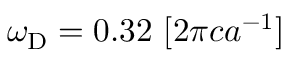
\omega _ { \mathrm { D } } = 0 . 3 2 ~ [ 2 \pi c a ^ { - 1 } ]